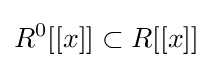
R^{0}[[x]]\subset R[[x]]